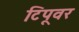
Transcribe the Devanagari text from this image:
टिपूवर